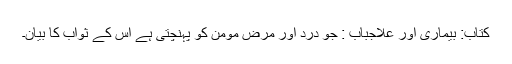
کتاب: بیماری اور علاجباب : جو درد اور مرض مومن کو پہنچتی ہے اس کے ثواب کا بیان۔